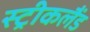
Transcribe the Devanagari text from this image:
स्ट्रीकलैंड